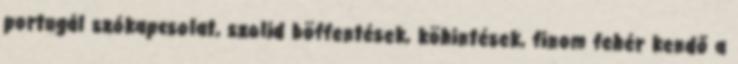
portugál szókapcsolat, szolid böffentések, köhintések, finom fehér kendő a